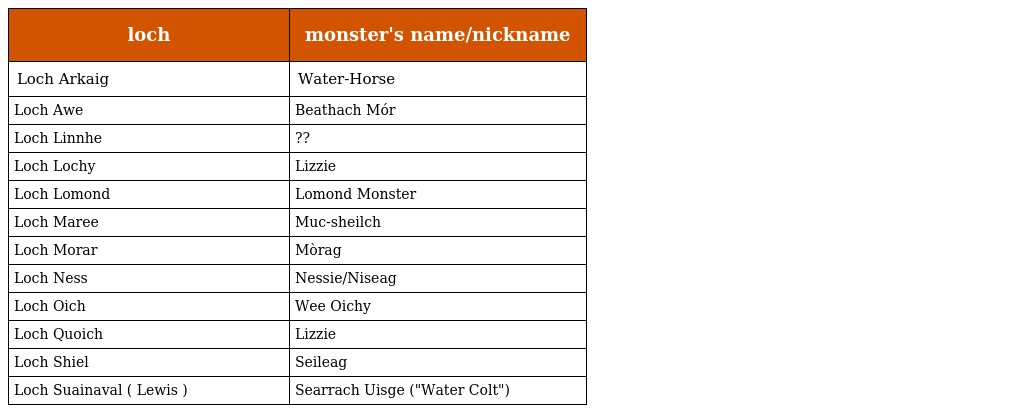
| loch | monster's name/nickname |
 | --- | --- |
 | Loch Arkaig | Water-Horse |
 | Loch Awe | Beathach Mór |
 | Loch Linnhe | ?? |
 | Loch Lochy | Lizzie |
 | Loch Lomond | Lomond Monster |
 | Loch Maree | Muc-sheilch |
 | Loch Morar | Mòrag |
 | Loch Ness | Nessie/Niseag |
 | Loch Oich | Wee Oichy |
 | Loch Quoich | Lizzie |
 | Loch Shiel | Seileag |
 | Loch Suainaval ( Lewis ) | Searrach Uisge ("Water Colt") |